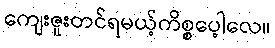
ကျေးဇူးတင်ရမယ့်ကိစ္စပေ့ါလေ။